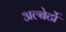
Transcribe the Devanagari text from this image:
अल्बेर्टो